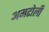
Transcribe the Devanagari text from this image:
अमटोली